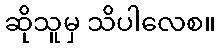
ဆိုသူမှ သိပါလေစ။